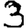
Digit: 3